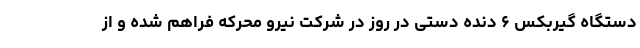
دستگاه گیربکس ۶ دنده دستی در روز در شرکت نیرو محرکه فراهم شده و از